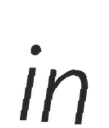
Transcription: in